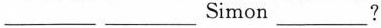
___ ___Simon___?